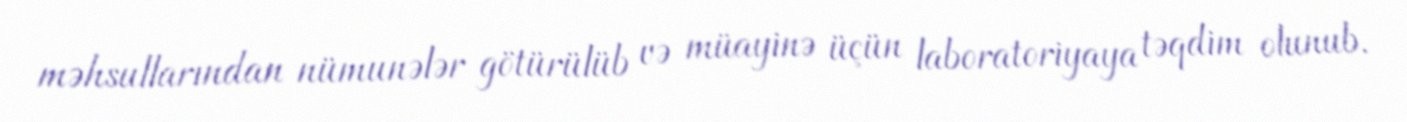
məhsullarından nümunələr götürülüb və müayinə üçün laboratoriyaya təqdim olunub.